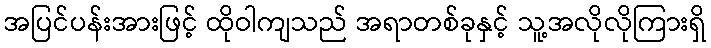
အပြင်ပန်းအားဖြင့် ထိုဝါကျသည် အရာတစ်ခုနှင့် သူ့အလိုလိုကြားရှိ